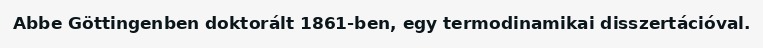
Abbe Göttingenben doktorált 1861-ben, egy termodinamikai disszertációval.